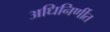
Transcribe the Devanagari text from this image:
अधिनिर्णीत